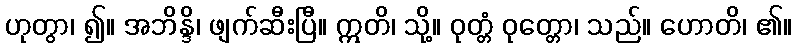
ဟုတွာ၊ ၍။ အဘိန္ဒိ၊ ဖျက်ဆီးပြီ။ ဣတိ၊ သို့။ ဝုတ္တံ ဝုတ္တော၊ သည်။ ဟောတိ၊ ၏။